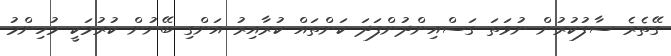
ގޭތެރެ ސާފުކުރުން ނުވަތަ ގަސްއިންދުންފަދަ ކަންތައް ކުރާއިރު އަންގި ބޭނުން ކުރުމަކީ މުހިންމު